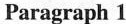
Paragraph 1